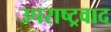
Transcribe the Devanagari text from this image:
उपराष्ट्रवाद